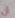
أن